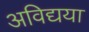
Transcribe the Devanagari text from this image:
अविद्यया